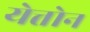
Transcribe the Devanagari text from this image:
येत्तोन